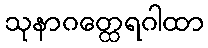
သုနာဂတ္ထေရဂါထာ